Rangoon Lunatic Asylum 1898-1906 - 1898-1906
Year: 1898
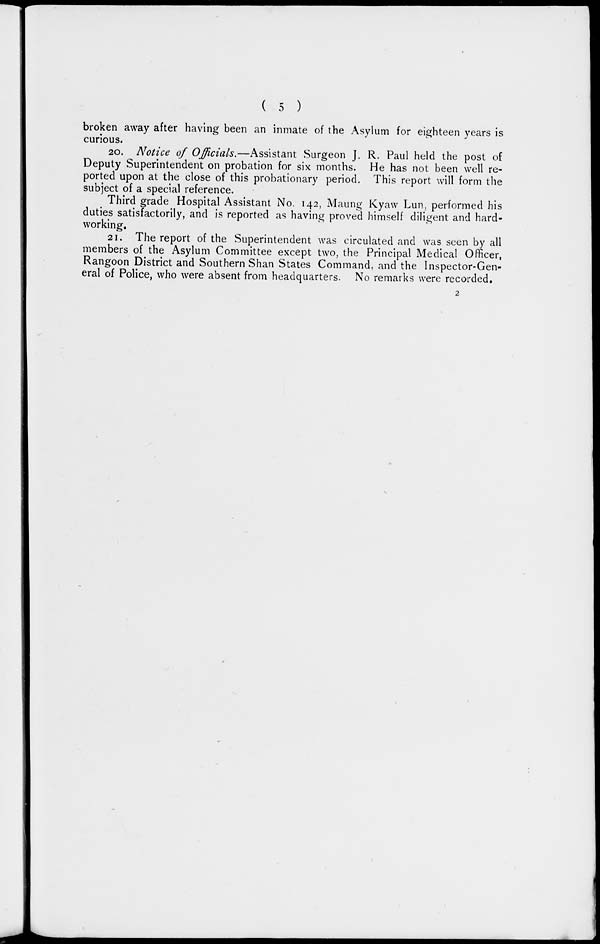
( 5 )
broken away after having been an inmate of the Asylum for eighteen years is
curious.
20. Notice of Officials.—Assistant Surgeon J. R. Paul held the post of
Deputy Superintendent on probation for six months. He has not been well re-
ported upon at the close of this probationary period. This report will form the
subject of a special reference.
Third grade Hospital Assistant No. 142, Maung Kyaw Lun, performed his
duties satisfactorily, and is reported as having proved himself diligent and hard-
working.
21. The report of the Superintendent was circulated and was seen by all
members of the Asylum Committee except two, the Principal Medical Officer,
Rangoon District and Southern Shan States Command, and the Inspector-Gen-
eral of Police, who were absent from headquarters. No remarks were recorded.
2